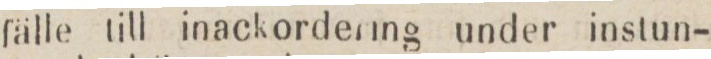
fälle till inackordering under instun-